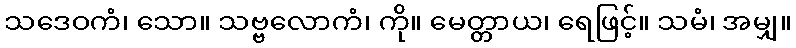
သဒေဝကံ၊ သော။ သဗ္ဗလောကံ၊ ကို။ မေတ္တာယ၊ ရေဖြင့်။ သမံ၊ အမျှ။